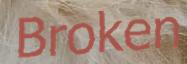
Broken